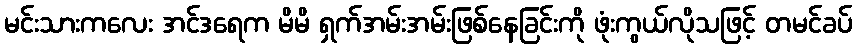
မင်းသားကလေး အင်ဒရေက မိမိ ရှက်အမ်းအမ်းဖြစ်နေခြင်းကို ဖုံးကွယ်လိုသဖြင့် တမင်ခပ်